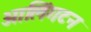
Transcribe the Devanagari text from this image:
आलिंगटन